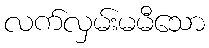
လက်လှမ်းမမီသော